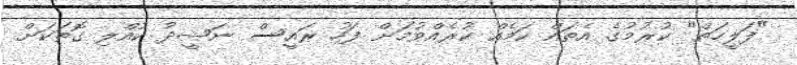
"ފަލީހަތް" ކުރުމުގެ އެތައް ކަމެއް ކުރެއްވުމަށް ފަހު ރައީސް ނަޝީދު ކުއްލި ގޮތަކަށް